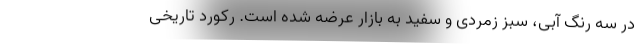
در سه رنگ آبی، سبز زمردی و سفید به بازار عرضه شده است. رکورد تاریخی